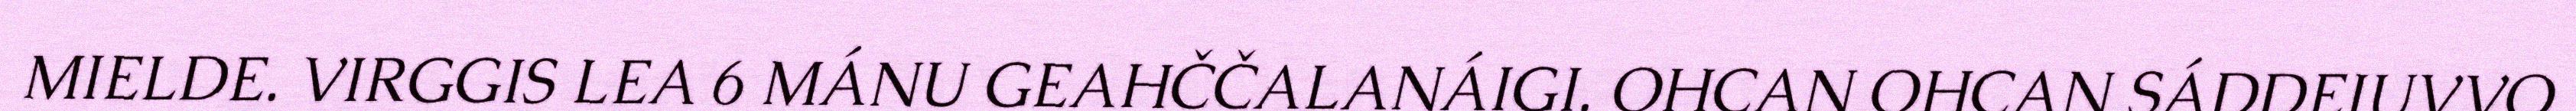
MIELDE. VIRGGIS LEA 6 MÁNU GEAHČČALANÁIGI. OHCAN OHCAN SÁDDEJUVVO